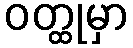
ဝတ္ထုမှာ